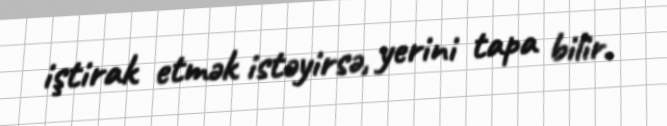
iştirak etmək istəyirsə, yerini tapa bilir.